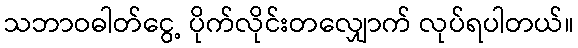
သဘာဝဓါတ်ငွေ့ ပိုက်လိုင်းတလျှောက် လုပ်ရပါတယ်။